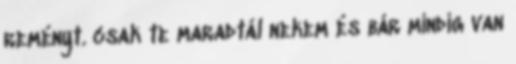
reményt. csak te maradtál nekem és bár mindig van